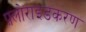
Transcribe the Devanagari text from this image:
फ़्लोराइडकरण